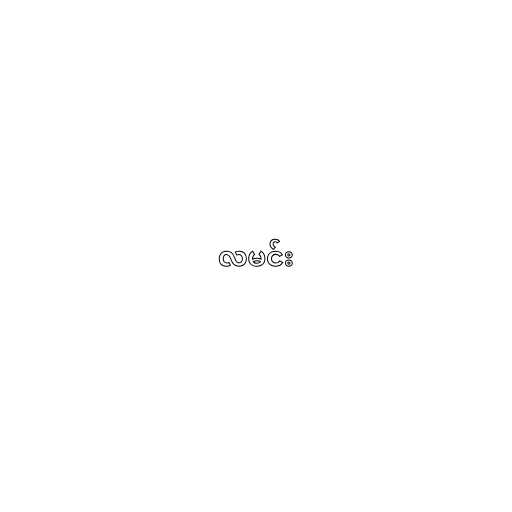
လမင်း